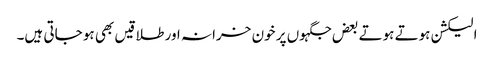
الیکشن ہوتے ہوتے بعض جگہوں پر خون خرانہ اور طلاقیں بھی ہو جاتی ہیں۔